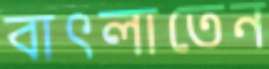
বাৎলাতেন